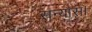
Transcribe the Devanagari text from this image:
सन्यास।